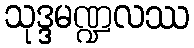
သုဒ္ဒမဏ္ဍလဿ